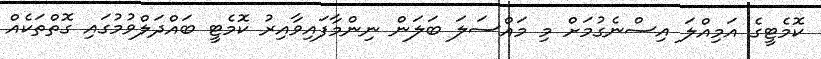
ކޮމެޓީގެ އަމިއްލަ އިސްނެގުމަށް މި މައްސަލަ ބަލަން ނިންމާފައިވާއިރު ކޮމެޓީ ބައްދަލްވުމުގައި ގޮތްތަކެއް